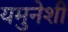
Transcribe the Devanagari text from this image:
यमुनेशी